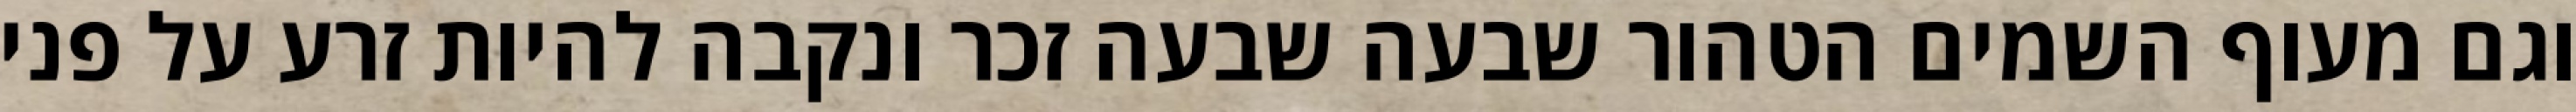
וגם מעוף השמים הטהור שבעה שבעה זכר ונקבה להיות זרע על פני